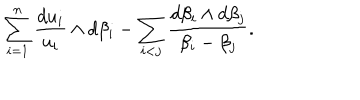
\sum _ { i = 1 } ^ { n } \frac { d u _ { i } } { u _ { i } } \wedge d \beta _ { i } - \sum _ { i < j } \frac { d \beta _ { i } \wedge d \beta _ { j } } { \beta _ { i } - \beta _ { j } } .